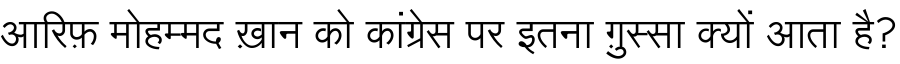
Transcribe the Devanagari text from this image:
आरिफ़ मोहम्मद ख़ान को कांग्रेस पर इतना ग़ुस्सा क्यों आता है?